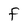
Character: F